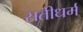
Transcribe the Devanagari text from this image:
सतीधर्म